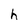
Character: h